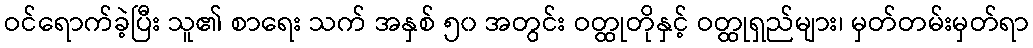
ဝင်ရောက်ခဲ့ပြီး သူ၏ စာရေး သက် အနှစ် ၅၀ အတွင်း ဝတ္ထုတိုနှင့် ဝတ္ထုရှည်များ၊ မှတ်တမ်းမှတ်ရာ